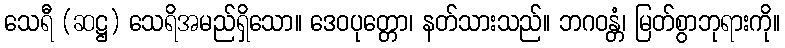
သေရီ (ဆဋ္ဌ) သေရိအမည်ရှိသော။ ဒေဝပုတ္တော၊ နတ်သားသည်။ ဘဂဝန္တံ၊ မြတ်စွာဘုရားကို။